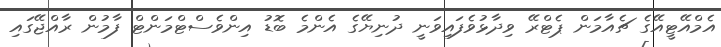
އެމްއޭޓީއޭގެ ޗެއާމަން ޕެޓްރޭ ވިދާޅުވެފައިވަނީ ދުނިޔޭގެ އެންމެ ބޮޑު އިންވެސްޓްމަންޓް ފާމުން ރާއްޖޭގައި